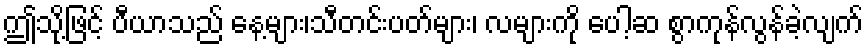
ဤသို့ဖြင့် ပီယာသည် နေ့များ၊သီတင်းပတ်များ၊ လများကို ပေါ့ဆ စွာကုန်လွန်ခဲ့လျက်